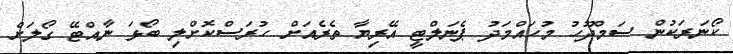
ކޯނަރަކުން ސަމްދޫހު މުހައްމަދު ޕެނަލްޓީ އޭރިޔާ ތެރެއަށް ހުރަސްކޮށްލި ބޯޅަ ނާއްޓޭ ގޯލަށް